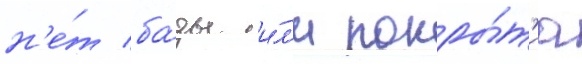
н'е́т ба́зы и́л'и покры́т'иа